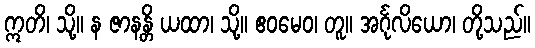
ဣတိ၊ သို့။ န ဇာနန္တိ ယထာ၊ သို့။ ဧဝမေဝ၊ တူ။ အင်္ဂုလိယော၊ တို့သည်။